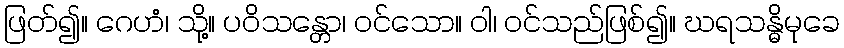
ဖြတ်၍။ ဂေဟံ၊ သို့။ ပဝိသန္တော၊ ဝင်သော။ ဝါ၊ ဝင်သည်ဖြစ်၍။ ဃရသန္ဓိမုခေ